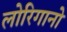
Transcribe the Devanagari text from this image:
लोरिगानो